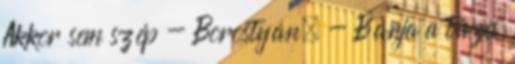
Akkor sem szép - Borostyán. - Bánja a tüzes